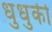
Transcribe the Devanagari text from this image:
धुधुकी